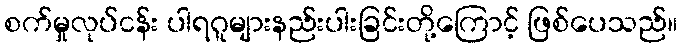
စက်မှုလုပ်ငန်း ပါရဂူများနည်းပါးခြင်းတို့ကြောင့် ဖြစ်ပေသည်။